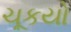
ચૂકયો